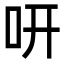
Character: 咞